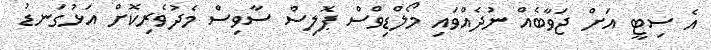
އެ ސިޓީ އަށް ޖަވާބެއް ނުދެއްވައި މޯލްޑިވްސް ޕޮލިސް ސާވިސް މެދުވެރިކޮށް އަޅުގަނޑު